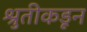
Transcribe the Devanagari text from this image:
श्रुतीकडून